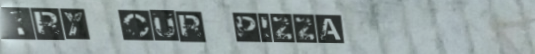
Try Our Pizza